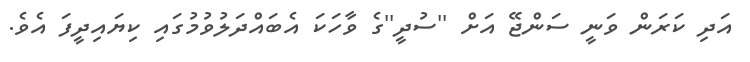
އަދި ކަރަން ވަނީ ސަންޖޭ އަށް ''ސުދީ''ގެ ވާހަކަ އެބައްދަލުވުމުގައި ކިޔައިދީފަ އެވެ.